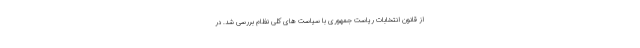
از قانون انتخابات ریاست جمهوری با سیاست های کلی نظام بررسی شد. در